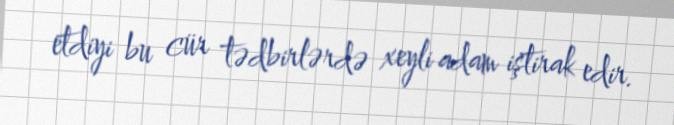
etdiyi bu cür tədbirlərdə xeyli adam iştirak edir.